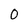
Character: 0